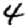
Digit: 4